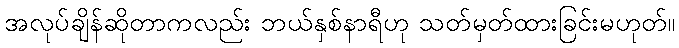
အလုပ်ချိန်ဆိုတာကလည်း ဘယ်နှစ်နာရီဟု သတ်မှတ်ထားခြင်းမဟုတ်။